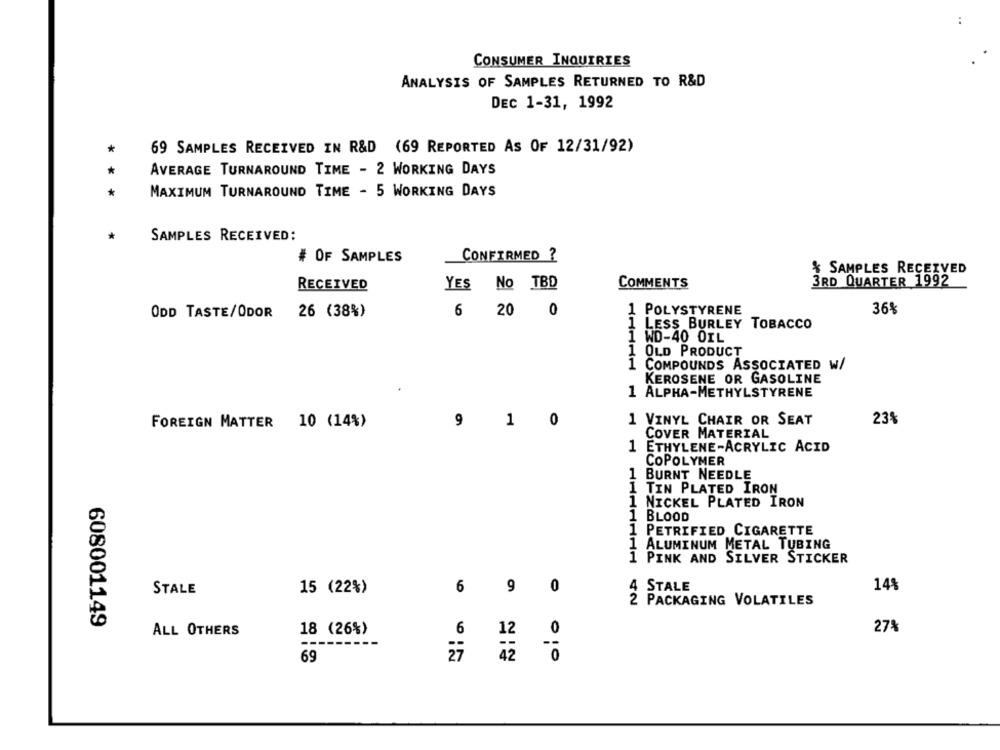
..
CONSUMER INQUIRIES
ANALYSIS OF SAMPLES RETURNED TO R&D
DEC 1-31, 1992
*
69 SAMPLES RECEIVED IN R&D (69 REPORTED AS OF 12/31/92)
AVERAGE TURNAROUND TIME - 2 WORKING DAYS
MAXIMUM TURNAROUND TIME - 5 WORKING DAYS
SAMPLES RECEIVED:
# OF SAMPLES
CONFIRMED ?
% SAMPLES RECEIVED
YES No TBD
COMMENTS
3RD QUARTER 1992
RECEIVED
ODD TASTE/ODOR
26 (38%)
6 20 0
1 POLYSTYRENE
36%
LESS BURLEY TOBACCO
1 WD-40 OIL
OLD PRODUCT
COMPOUNDS ASSOCIATED W/
KEROSENE OR GASOLINE
1 ALPHA-METHYLSTYRENE
0
1 VINYL CHAIR OR SEAT
231
FOREIGN MATTER 10 (14%)
9 1
COVER MATERIAL
1
ETHYLENE-ACRYLIC ACID
COPOLYMER
1 BURNT NEEDLE
1 TIN PLATED IRON
1 NICKEL PLATED IRON
1
BLOOD
1
PETRIFIED CIGARETTE
1
ALUMINUM METAL TUBING
1 PINK AND SILVER STICKER
STALE
15 (22%)
6
9
0
4 STALE
14%
2 PACKAGING VOLATILES
608001149
27%
ALL OTHERS
18 (26%)
6
12
69
27
010